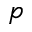
_ p